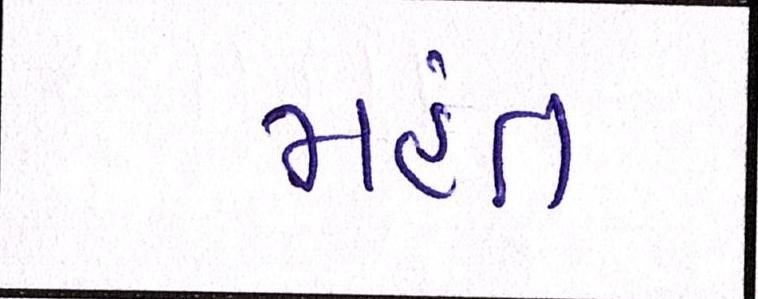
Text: મહંત